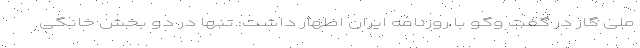
ملی گاز در گفت وگو با روزنامه ایران اظهار داشت: تنها در دو بخش خانگی